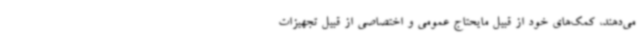
می‌دهند، کمک‌های خود از قبیل مایحتاج عمومی و اختصاصی از قبیل تجهیزات